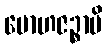
မောဟဇဉ္စာပိ